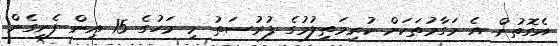
އެގޮތުން އެ މަގާމުތަކަށް ކުރިމަތިލުމުގެ ފުރުސަތު މި މަހުގެ 15 އިން ފެށިގެން